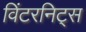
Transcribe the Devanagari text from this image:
विंटरनिट्‌स